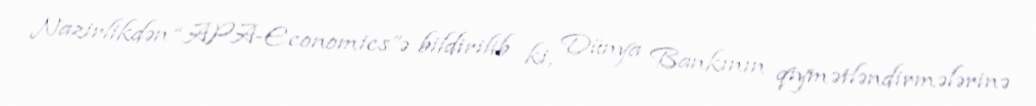
Nazirlikdən “APA-Economics”ə bildirilib ki, Dünya Bankının qiymətləndirmələrinə